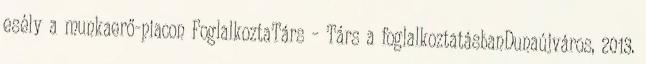
esély a munkaerő-piacon FoglalkoztaTárs – Társ a foglalkoztatásbanDunaújváros, 2013.